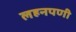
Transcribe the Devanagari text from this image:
लहनपणी